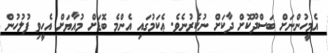
އެމީހުންނަށް ބަސްދޫކޮށް ދާކަށް ނުކެރުނެވެ. ޢެކަމުގައި އެންމެ ބޮޑަށް މުއާޔަށް އެހީވި ފުލުހުން